Indian Medical Review
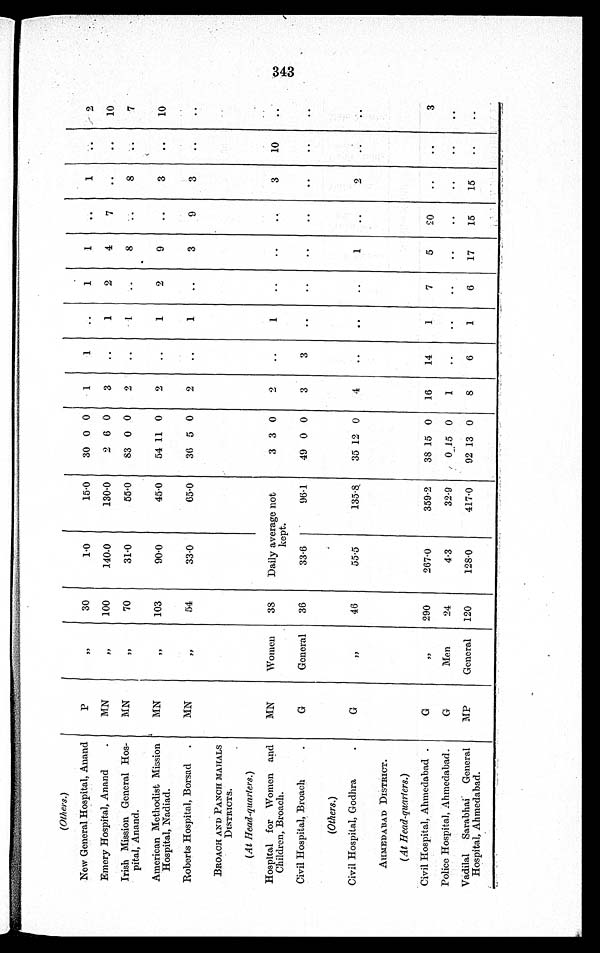
(Others.)
New General Hospital, Anand
P
77
30
1·0
15·0
30 0 0
1
1
..
1
1
..
1
2
Emery Hospital, Anand
MN
,,
100
140·0
130·0
2 6 0
3
..
1
2
4
7
..
..
10
Irish Mission General Hos-
pital, Anand.
MN
,,
70
31·0
55·0
83 0 0
2
..
1
8
. .
8
..
7
American Methodist Mission
Hospital, Nadiad.
M
„
90·0
45.0
54 11 0
2
..
1
2
9
..
3
..
10
Roberts Hospital, Borsad
MN
54
33·0
65·0
36 5 0
2
..
1
..
3
9
BROACH AND PANCH MAHALS
DISTRICTS.
(At Head-quarters.)
Hospital for Women and
Children, Broach.
MN
Women
38
Daily average not
kept.
3 3 0
2
..
1
..
..
3
10
..
Civil Hospital, Broach
G
General
36
33·6
96·1
49 0 0
3
(Others.)
Civil Hospital, Godhra
G
, ,
46
55·5
135·8
35 12 0
4
..
..
..
1
..
AHMEDABAD DISTRICT.
(At Head-quarters.)
Civil Hospital, Ahmedabad
G
, , 290
267·0
359·2
38 15 0
16
14
1
7
5
20
..
..
3
Police Hospital, Ahmedabad
G
Men
24
4·3
32·9
0 1 5 0
1
..
..
..
..
..
..
..
..
Vadilal Sarabhai General
Hospital, Ahmedabad.
MP
General
120
128·0
417·0
92 13 0
8
6
1
6
17
15
15
. .
. .
343